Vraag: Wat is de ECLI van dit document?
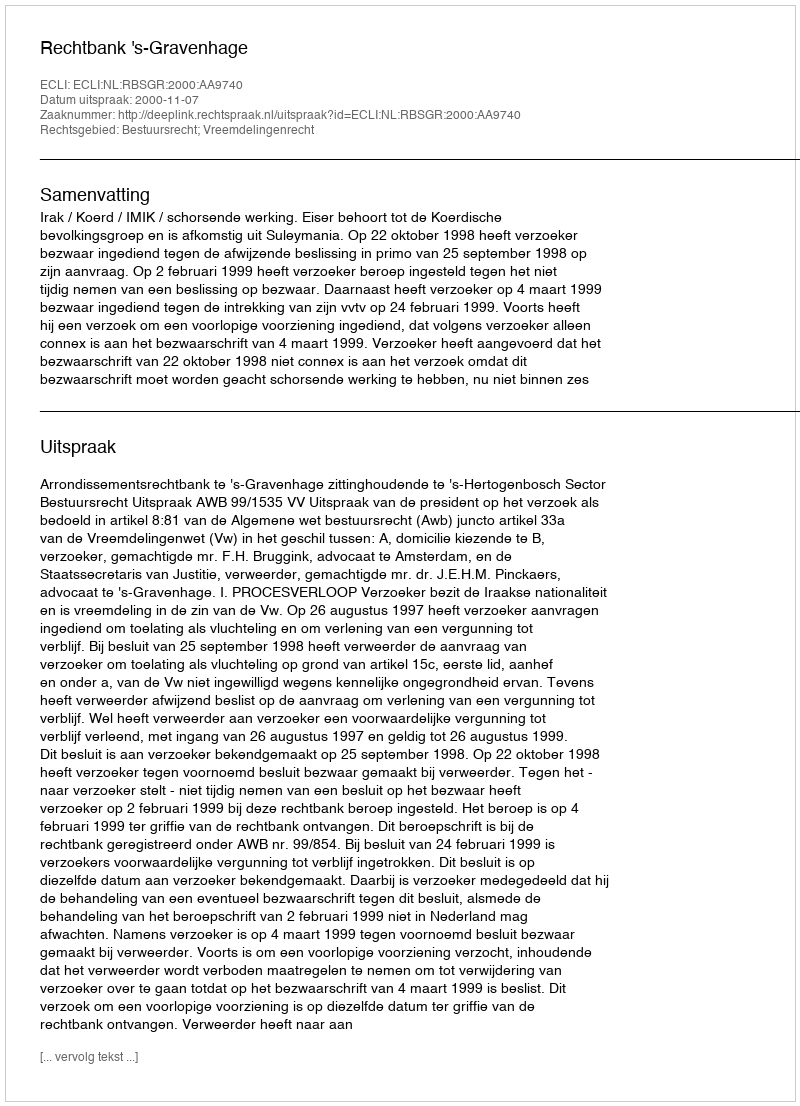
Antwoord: ECLI:NL:RBSGR:2000:AA9740